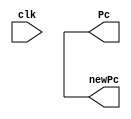
module pc(clk,Pc,newPc);

input clk;
output reg [31:0] Pc;
output reg [31:0] newPc;

initial begin
    Pc = 32'b00000000000000000000000000000000;
end

always @(clk)

begin

Pc = newPc;

end

endmodule